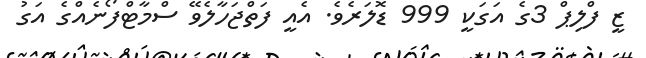
ޒީ ފްލިޕް 3ގެ އަގަކީ 999 ޑޮލަރެވެ. އެއީ ފަތްޖަހާލެވޭ ސްމާޓްފޯނެއްގެ އަގު